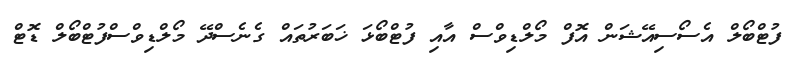
ފުޓްބޯލް އެސޯސިއޭޝަން އޮފް މޯލްޑިވްސް އާއި ފުޓްބޯޅަ ޚަބަރުތައް ގެނެސްދޭ މޯލްޑިވްސްފުޓްބޯލް ޑޮޓް